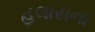
હલાસના